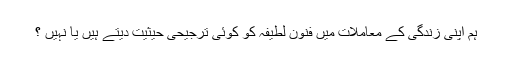
ہم اپنی زندگی كے معاملات میں فنونِ لطیفہ كو كوئی ترجیحی حیثیت دیتے ہیں یا نہیں ؟